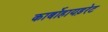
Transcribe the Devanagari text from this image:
कार्बोहायड़रेट